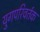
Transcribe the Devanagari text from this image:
युगपरिवर्तक